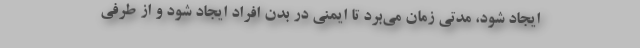
ایجاد شود، مدتی زمان می‌برد تا ایمنی در بدن افراد ایجاد شود و از طرفی